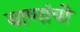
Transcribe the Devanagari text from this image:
बाणांची